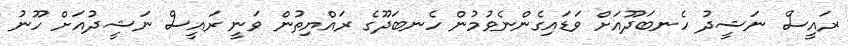
ރައީސް ނަޝީދު ހެނބަދޫއަށް ވަޑައިގެންނެވުމުން ހެނބަދޫގެ ރައްޔިތުން ވަނީ ރައީސް ނަޝީދުއަށް ހޫނު